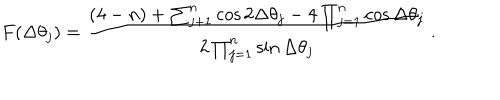
F ( \Delta \theta _ { j } ) = \frac { ( 4 - n ) + \sum _ { j + 1 } ^ { n } \cos 2 \Delta \theta _ { j } - 4 \prod _ { j = 1 } ^ { n } \cos \Delta \theta _ { j } } { 2 \prod _ { j = 1 } ^ { n } \sin \Delta \theta _ { j } } \, .